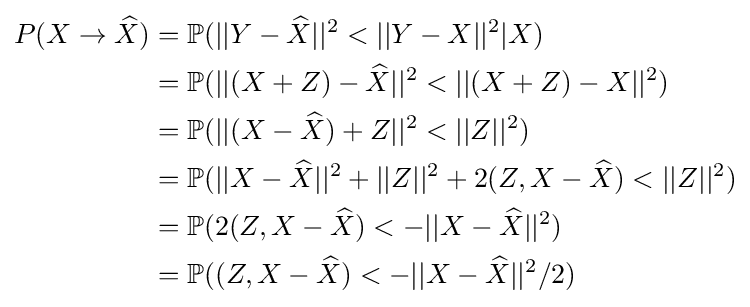
{\begin{aligned}P(X\to {\widehat {X}})&=\mathbb {P} (||Y-{\widehat {X}}||^{2}<||Y-X||^{2}|X)\\&=\mathbb {P} (||(X+Z)-{\widehat {X}}||^{2}<||(X+Z)-X||^{2})\\&=\mathbb {P} (||(X-{\widehat {X}})+Z||^{2}<||Z||^{2})\\&=\mathbb {P} (||X-{\widehat {X}}||^{2}+||Z||^{2}+2(Z,X-{\widehat {X}})<||Z||^{2})\\&=\mathbb {P} (2(Z,X-{\widehat {X}})<-||X-{\widehat {X}}||^{2})\\&=\mathbb {P} ((Z,X-{\widehat {X}})<-||X-{\widehat {X}}||^{2}/2)\end{aligned}}